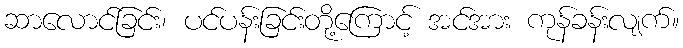
ဆာလောင်ခြင်း၊ ပင်ပန်းခြင်းတို့ကြောင့် အင်အား ကုန်ခန်းလျက်။